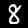
Label: 8